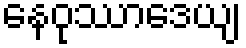
နေဝုဿာဒေယျ